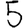
Digit: 5